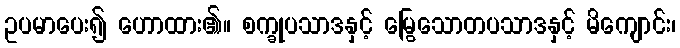
ဥပမာပေး၍ ဟောထား၏။ စက္ခုပသာဒနှင့် မြွေသောတပသာဒနှင့် မိကျောင်း၊